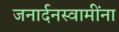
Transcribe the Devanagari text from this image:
जनार्दनस्वामींना